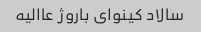
سالاد کینوای باروژ عاالیه